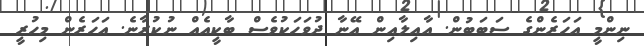
ނިންމީ އަހަރެންގެ ސަބަބުން. އާއިލާއިން އޭނާ ދުވަހަކުވެސް ބާކީއެއް ނުކުރާނެ. އަހަރެން މިހުރީ